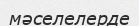
мәселелерде